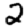
Digit: 2